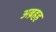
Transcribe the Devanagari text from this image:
अब्रहह